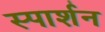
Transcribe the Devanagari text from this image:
स्पार्शन